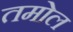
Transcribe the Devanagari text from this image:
तमोल